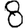
Digit: 8